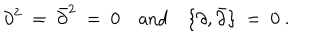
\partial ^ { 2 } \ = \ \bar { \partial } ^ { 2 } \ = \ 0 \quad \mathrm { a n d } \quad \{ \partial , \bar { \partial } \} \ = \ 0 \ .